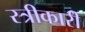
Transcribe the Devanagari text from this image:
स्त्रीकारी